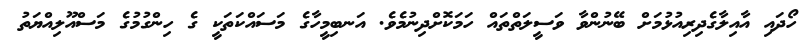
ހޯދައި އާއިލާގެދިރިއުޅުމަށް ބޭނުންވާ ވަސީލަތްތައް ހަމަކޮށްދިނުމެވެ. އަނބިމީހާގެ މަސައްކަތަކީ ގެ ހިންގުމުގެ މަސްއޫލިއްޔަތު